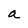
Character: a